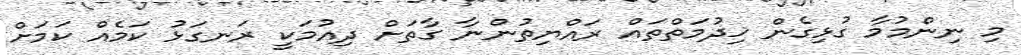
މި ނިންމުމާ ގުޅިގެން ޚިދުމަތްތައް ރައްޔިތުންނާ ގާތަށް ދިއުމަކީ ރަނގަޅު ކަމެއް ކަމަށް